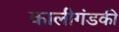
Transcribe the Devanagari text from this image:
कालीगंडकी